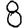
Digit: 8